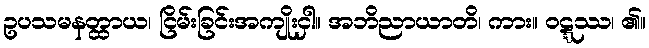
ဥပသမနတ္ထာယ၊ ငြိမ်းခြင်းအကျိုးငှါ။ အဘိညာယာတိ၊ ကား။ ဝဋ္ဋဿ၊ ၏။